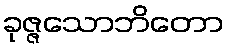
ခုဇ္ဇသောဘိတော